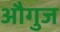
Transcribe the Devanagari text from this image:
औगुज